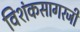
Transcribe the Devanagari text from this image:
विशंकसागरजी